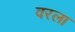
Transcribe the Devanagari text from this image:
वरला